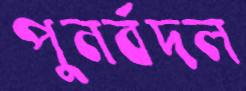
পুনর্বদল